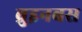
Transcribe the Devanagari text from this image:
ब्रुइनबस